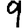
Digit: 9